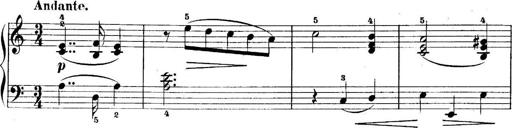
Title: 5 Sonatinas
Composer: Theodor Kirchner